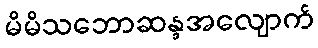
မိမိသဘောဆန္ဒအလျောက်